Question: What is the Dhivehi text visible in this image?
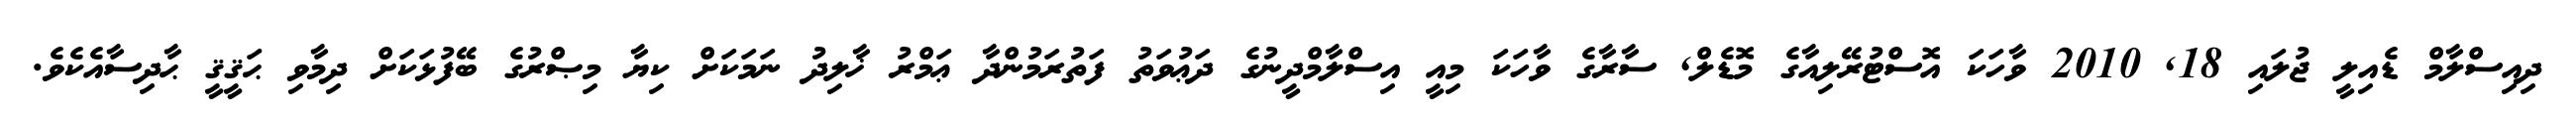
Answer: ދިއިސްލާމް ޑެއިލީ ޖުލައި 18, 2010 ވާހަކަ އޮސްޓުރޭލިއާގެ މޮޑެލް, ސާރާގެ ވާހަކަ މިއީ އިސްލާމްދީނުގެ ދަޢުވަތު ފަތުރަމުންދާ ޢަމްރު ޚާލިދު ނަމަކަށް ކިޔާ މިޞްރުގެ ބޭފުޅަކަށް ދިމާވި ޙަޤީޤީ ޙާދިސާއެކެވެ.